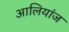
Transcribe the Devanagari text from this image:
आलियांज